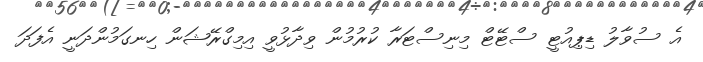
އެ ސުވާލު ޑިޕިއުޓީ ސްޓޭޓް މިނިސްޓަރާ ކުރުމުން ވިދާޅުވީ އިމިގްރޭޝަން ހިނގަމުންދަނީ އެފަދަ